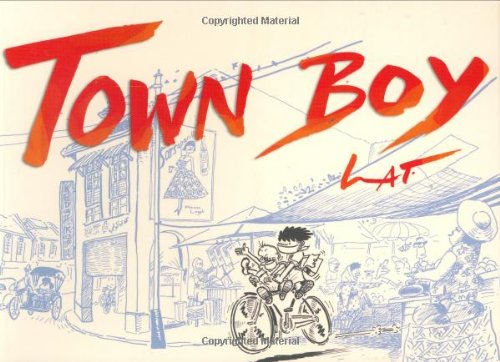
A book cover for Town Boy; Lat; Children's Books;